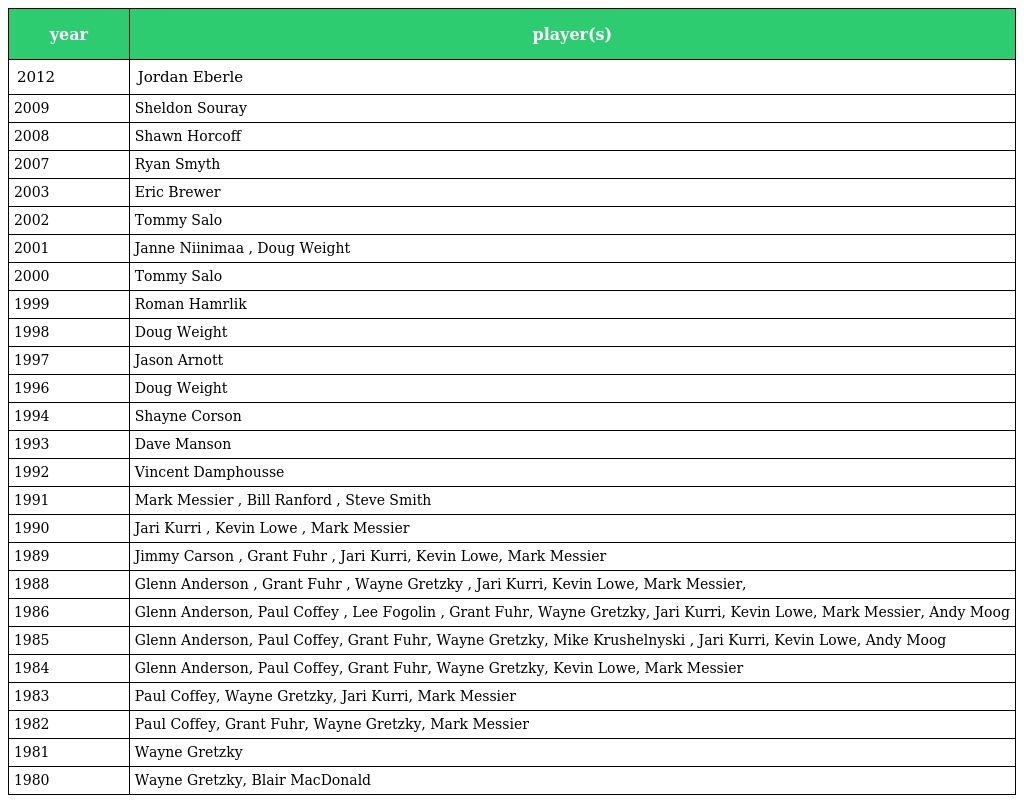
| year | player(s) |
 | --- | --- |
 | 2012 | Jordan Eberle |
 | 2009 | Sheldon Souray |
 | 2008 | Shawn Horcoff |
 | 2007 | Ryan Smyth |
 | 2003 | Eric Brewer |
 | 2002 | Tommy Salo |
 | 2001 | Janne Niinimaa , Doug Weight |
 | 2000 | Tommy Salo |
 | 1999 | Roman Hamrlik |
 | 1998 | Doug Weight |
 | 1997 | Jason Arnott |
 | 1996 | Doug Weight |
 | 1994 | Shayne Corson |
 | 1993 | Dave Manson |
 | 1992 | Vincent Damphousse |
 | 1991 | Mark Messier , Bill Ranford , Steve Smith |
 | 1990 | Jari Kurri , Kevin Lowe , Mark Messier |
 | 1989 | Jimmy Carson , Grant Fuhr , Jari Kurri, Kevin Lowe, Mark Messier |
 | 1988 | Glenn Anderson , Grant Fuhr , Wayne Gretzky , Jari Kurri, Kevin Lowe, Mark Messier, |
 | 1986 | Glenn Anderson, Paul Coffey , Lee Fogolin , Grant Fuhr, Wayne Gretzky, Jari Kurri, Kevin Lowe, Mark Messier, Andy Moog |
 | 1985 | Glenn Anderson, Paul Coffey, Grant Fuhr, Wayne Gretzky, Mike Krushelnyski , Jari Kurri, Kevin Lowe, Andy Moog |
 | 1984 | Glenn Anderson, Paul Coffey, Grant Fuhr, Wayne Gretzky, Kevin Lowe, Mark Messier |
 | 1983 | Paul Coffey, Wayne Gretzky, Jari Kurri, Mark Messier |
 | 1982 | Paul Coffey, Grant Fuhr, Wayne Gretzky, Mark Messier |
 | 1981 | Wayne Gretzky |
 | 1980 | Wayne Gretzky, Blair MacDonald |